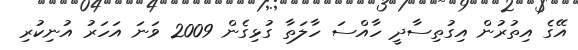
އޭގެ އިތުރުން އިގުތިސާދީ ހާއްސަ ހާލަތާ ގުޅިގެން 2009 ވަނަ އަހަރު އުނިކުރި